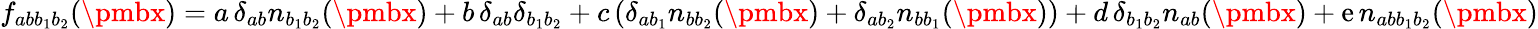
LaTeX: f_{ab{b}_{1}b_{2}}({\pmbx})=a\, \delta_{ab}n_{b_{1}b_{2}}({\pmbx})+b\, \delta_{ab}\delta_{b_{1}b_{2}}+c\, (\delta_{ab_{1}}n_{bb_{2}}({\pmbx})+\delta_{ab_{2}}n_{bb_{1}}({\pmbx}))+d\, \delta_{b_{1}b_{2}}n_{ab}({\pmbx})+\mathrm{e}\, n_{abb_{1}b_{2}}({\pmbx})